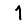
Digit: 1